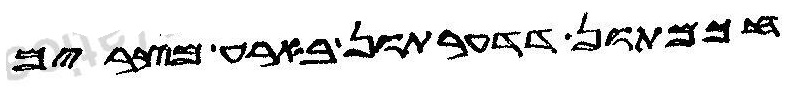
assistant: חכמתון ית דדערתון בארע מצרים